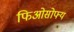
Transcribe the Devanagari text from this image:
फिओसोफ्य